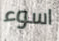
اسوء